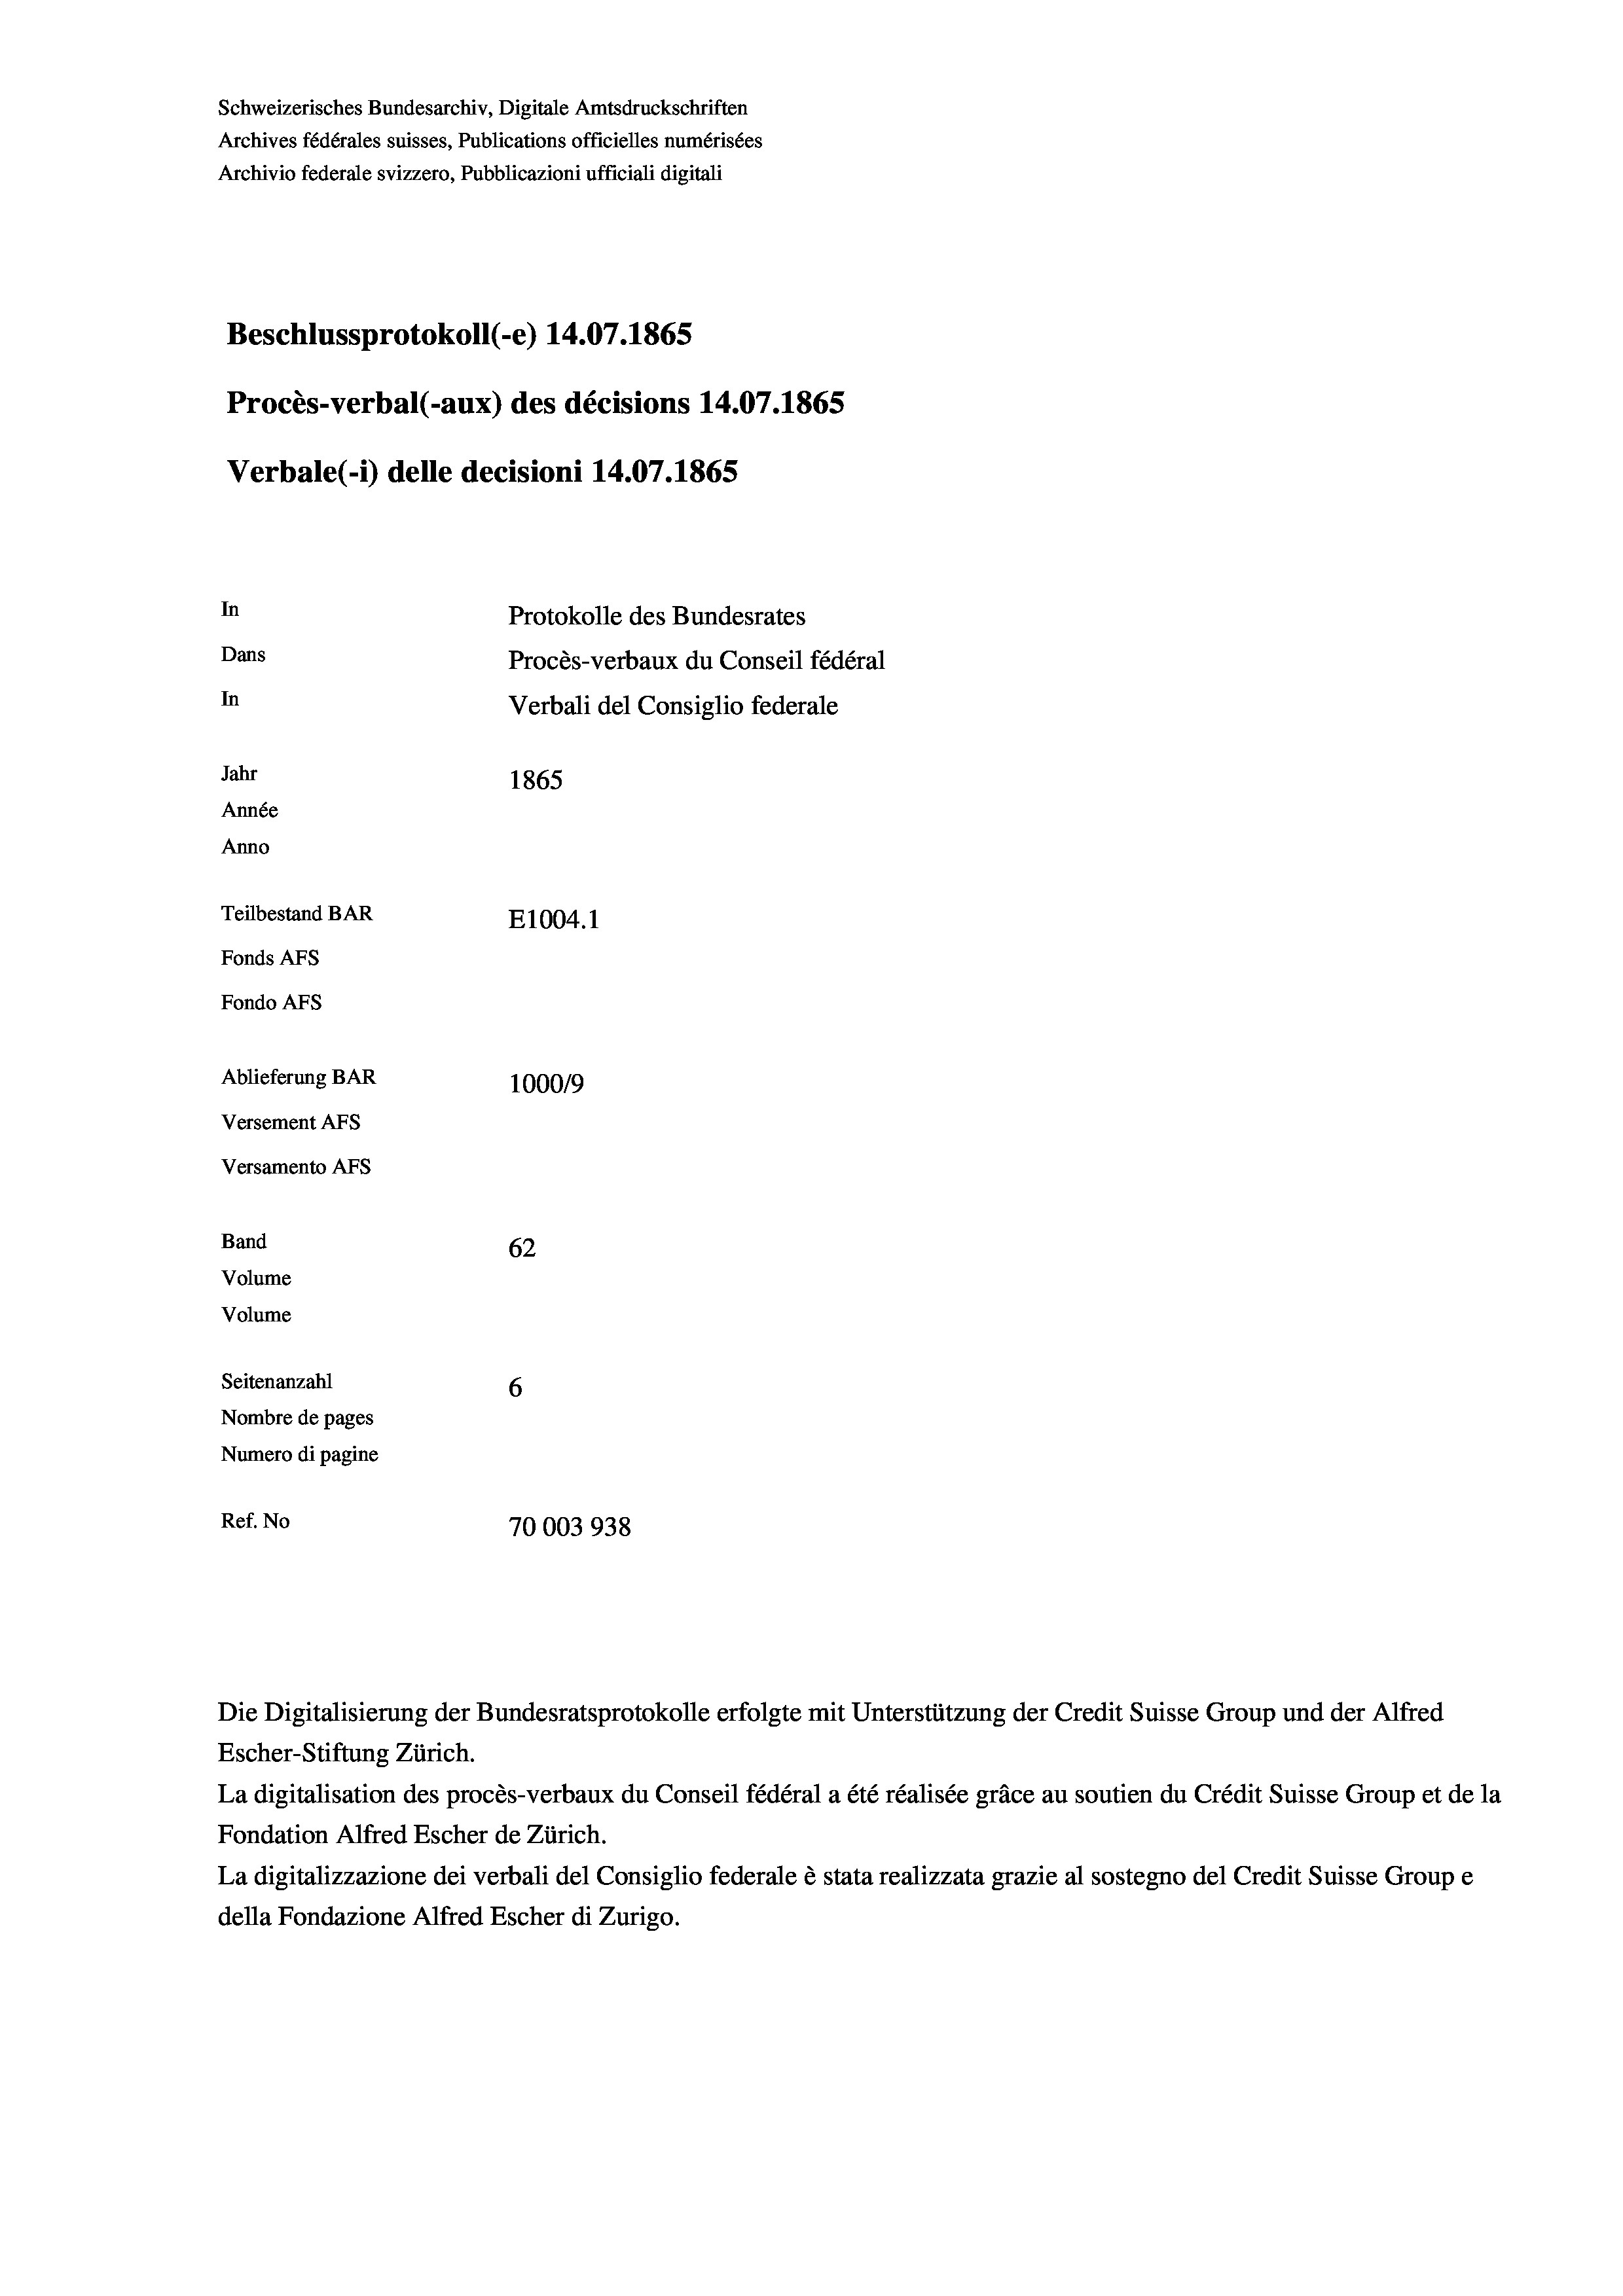
Schweizerisches Bundesarchiv, Digitale Amtsdruckschriften
Archives fédérales suisses, Publications officielles numérisées
Archivio federale svizzero, Pubblicazioni ufficiali digitali
Beschlussprotokoll (-e) 14.07. 1865
Procès-verbal (-aux) des décisions 14.07.1865
Verbale(1) delle decisioni 14.07. 1865
In
Protokolle des Bundesrates
Dans
Procès-verbaux du Conseil fédéral
In
Verbali del Consiglio federale
Jahr
1865
Année
Anno
Teilbestand BAR
E1004.1
Fonds AFs
Fondo AFs
Ablieferung BAR
100019
Versement Abs
Versamento Afs
Band
62
Volume
Volume
Seitenanzahl
6

Nombre de pages
Numero di pagine
Ref. No
70003938

Escher-Stiftung Zürich.
La digitalisation des procès-verbaux du Conseil fédéral a été réalisée gräce au soutien du Crédit Suisse Group et de la
Fondation Alfred Escher de Zürich.
La digitalizzazione dei verbali del Consiglio federale è stata realizzata grazie al sostegno del Credit Suisse Groupe
della Fondazione Alfred Escher di Zurigo.

Die Digitalisierung der Bundesratsprotokolle erfolgte mit Unterstützung der Credit Suisse Group und der Alfred